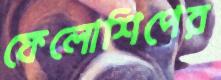
ফেলোশিপের